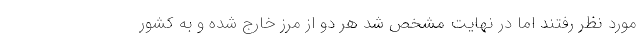
مورد نظر رفتند اما در نهایت مشخص شد هر دو از مرز خارج شده و به کشور